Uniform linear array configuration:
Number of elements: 12
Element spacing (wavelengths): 0.5
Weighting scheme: blackman
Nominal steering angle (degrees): -60
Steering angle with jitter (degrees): -59.098
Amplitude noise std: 0.05
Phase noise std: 0.05

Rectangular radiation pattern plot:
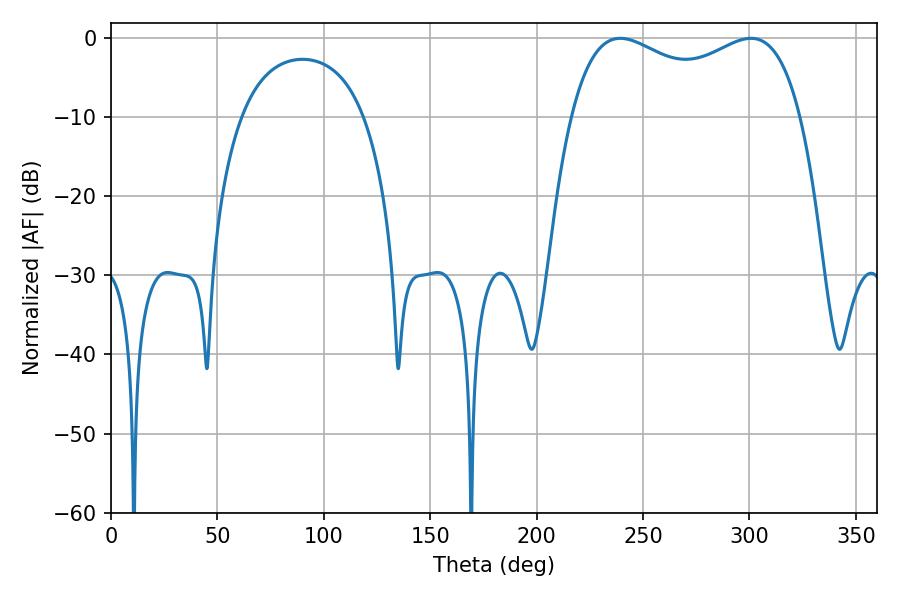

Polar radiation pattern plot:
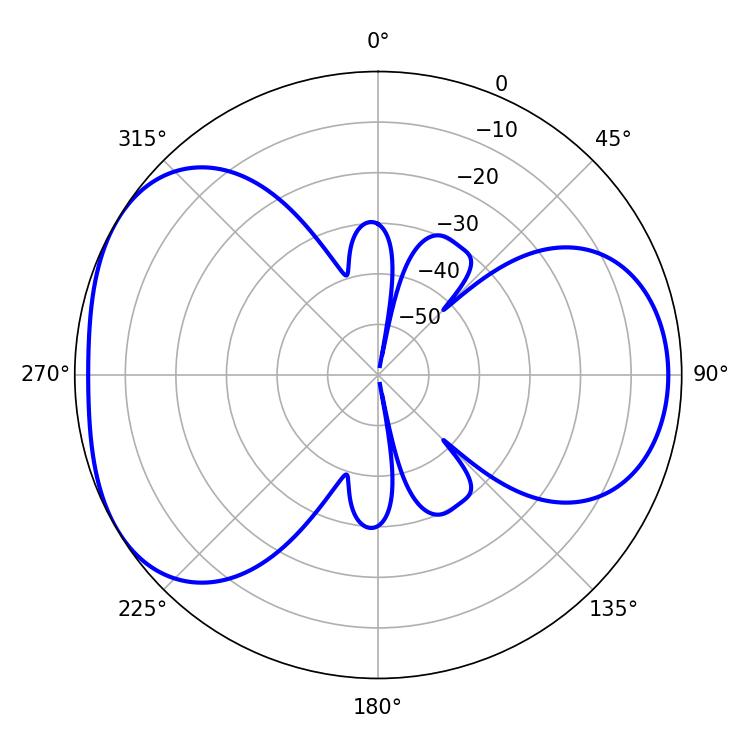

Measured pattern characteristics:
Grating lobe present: FALSE
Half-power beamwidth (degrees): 89.28
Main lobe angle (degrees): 239.22